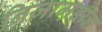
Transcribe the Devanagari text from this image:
निजाम़द्दीन